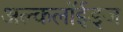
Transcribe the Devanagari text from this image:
अल्कलॉईड्‌ज